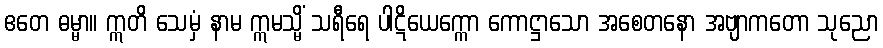
ဧတေ ဓမ္မာ။ ဣတိ သေမှံ နာမ ဣမသ္မိံ သရီရေ ပါဋိယေက္ကော ကောဋ္ဌာသော အစေတနော အဗျာကတော သုညော